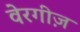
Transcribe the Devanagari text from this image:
वेरगीज़